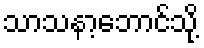
သာသနာ့ဘောင်သို့